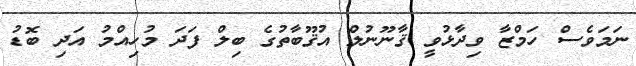
ނަމަވެސް ހަމްޒާ ވިދާޅުވީ ޤާނޫނުލް އުޤޫބާތުގެ ބިލް ފަދަ މުހިއްމު އަދި ބޮޑު